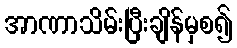
အာဏာသိမ်းပြီးချိန်မှစ၍